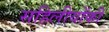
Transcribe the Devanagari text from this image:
सहिलीयोंकी